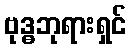
ဗုဒ္ဓဘုရားရှင်